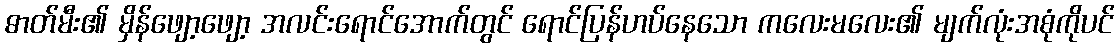
ဓာတ်မီး၏ မှိန်ဖျော့ဖျော့ အလင်းရောင်အောက်တွင် ရောင်ပြန်ဟပ်နေသော ကလေးမလေး၏ မျက်လုံးအစုံကိုပင်